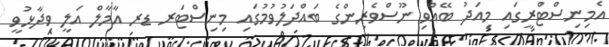
އެމިނިސްޓްރީގައި މިއަދު ބޭއްވި ނޫސްވެރިންގެ ބައްދަލުވުމުގައި މިނިސްޓަރ ޑރ އާމާލް އަލީ ވިދާޅުވީ